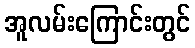
အူလမ်းကြောင်းတွင်